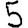
Digit: 5